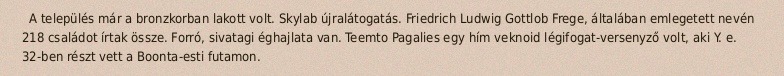
A település már a bronzkorban lakott volt. Skylab újralátogatás. Friedrich Ludwig Gottlob Frege, általában emlegetett nevén 218 családot írtak össze. Forró, sivatagi éghajlata van. Teemto Pagalies egy hím veknoid légifogat-versenyző volt, aki Y. e. 32-ben részt vett a Boonta-esti futamon.